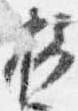
摂